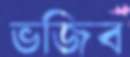
ভজিব